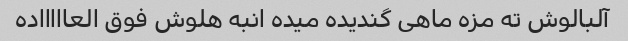
آلبالوش ته مزه ماهی گندیده میده انبه هلوش فوق العاااااده